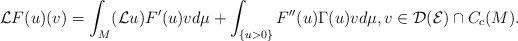
LaTeX: \begin{align*}\mathcal{L}F(u)(v)=\int_M (\mathcal{L}u)F'(u) vd\mu+\int_{\{u>0\}}F''(u)\Gamma(u)vd\mu, v\in\mathcal{D}(\mathcal{E})\cap C_c(M).\end{align*}